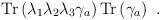
\begin{align*} {\rm Tr}\left(\lambda_1\lambda_2\lambda_3\gamma_a\right) {\rm Tr}\left(\gamma_a\right)~.\end{align*}